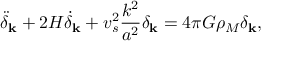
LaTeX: { \ddot { \delta } } _ { \bf k } + 2 H { \dot { \delta } } _ { \bf k } + v _ { s } ^ { 2 } \frac { k ^ { 2 } } { a ^ { 2 } } \delta _ { \bf k } = 4 \pi G \rho _ { M } \delta _ { \bf k } ,